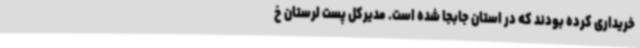
خریداری کرده بودند که در استان جابجا شده است. مدیرکل پست لرستان خ